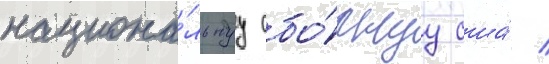
национа́льнуу сбо́рнуу сша́ /